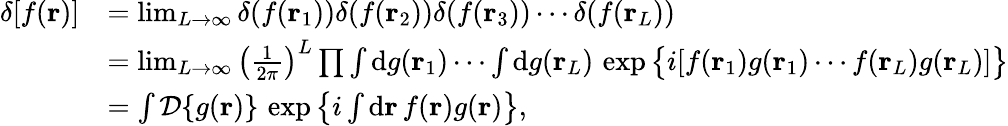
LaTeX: \begin{array}{rl}{\delta[f(\mathbf{r})]}&{=\operatorname*{lim}_{L\rightarrow\infty}\delta(f(\mathbf{r}_{1}))\delta(f(\mathbf{r}_{2}))\delta(f(\mathbf{r}_{3}))\cdots\delta(f(\mathbf{r}_{L}))}\\ &{=\operatorname*{lim}_{L\rightarrow\infty}\left(\frac{1}{2\pi}\right)^{L}\prod\int\mathrm{d}g(\mathbf{r}_{1})\cdots\int\mathrm{d}g(\mathbf{r}_{L})\, \exp\big\{ i[f(\mathbf{r}_{1})g(\mathbf{r}_{1})\cdots f(\mathbf{r}_{L})g(\mathbf{r}_{L})]\big\} }\\ &{=\int\mathcal{D}\{ g(\mathbf{r})\} \, \exp\left\{ i\int\mathrm{d}\mathbf{r}\, f(\mathbf{r})g(\mathbf{r})\right\} ,}\end{array}